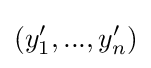
(y_{1}',...,y_{n}')